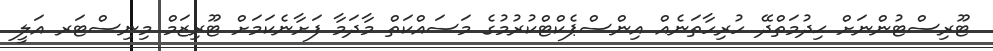
ޓޫރިސްޓުންނަށް ޙިދުމަތްދޭ ހުރިހާތަނެއް އިންސްޕެކްޓްކުރުމުގެ މަސައްކަތް މާދަމާ ފަށާނެކަމަށް ޓޫރިޒަމް މިނިސްޓަރ އަލީ